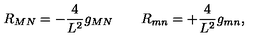
{ R _ { M N } = - \frac { 4 } { L ^ { 2 } } g _ { M N } \qquad R _ { m n } = + \frac { 4 } { L ^ { 2 } } g _ { m n } , }